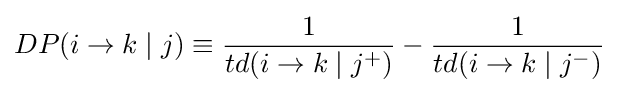
DP(i\rightarrow k\mid j)\equiv {\frac {1}{td(i\rightarrow k\mid j^{+})}}-{\frac {1}{td(i\rightarrow k\mid j^{-})}}